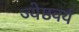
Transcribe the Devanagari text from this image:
ज्येष्ठवर्य